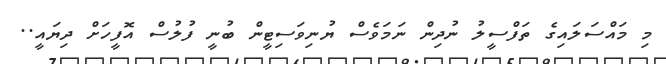
މި މައްސަލައިގެ ތަފްސީލު ނުދިން ނަމަވެސް ޔުނިވަސިޓީން ބުނީ ފުލުސް އޮފީހަށް ދިޔައީ..